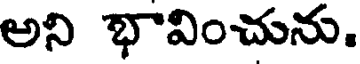
అని భావించును.